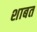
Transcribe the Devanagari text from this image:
शाबत